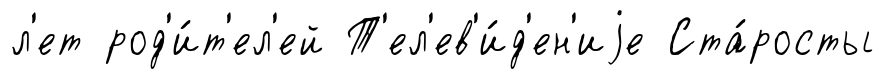
л'ет род'и́т'ел'ей Т'ел'ев'и́д'ен'иjе Ста́росты